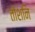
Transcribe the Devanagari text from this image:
तोशनि